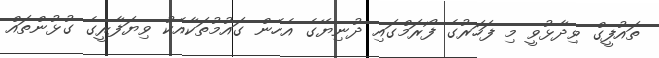
ތައުފީގް ވިދާޅުވީ މި ފަހަރުގެ ފޯރަމްގައި ދުނިޔޭގެ އެހެން ގައުމުތަކާއެކު ވިޔަފާރީގެ ގުޅުންތައް